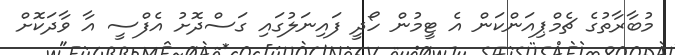
މުބާރާތުގެ ޗެމްޕިއަންކަން އެ ޓީމުން ހޯދީ ފައިނަލުގައި ގަސްދޮށު އެފްސީ އާ ވާދަކޮށް